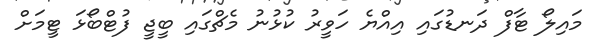
މައިލޯ ޓާފް ދަނޑުގައި އިއްޔެ ހަވީރު ކުޅުނު މެޗްގައި ބީޖީ ފުޓްބޯޅަ ޓީމަށް